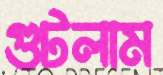
গুটলাম